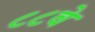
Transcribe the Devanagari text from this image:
८८वे